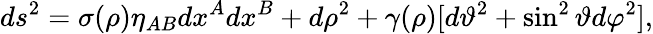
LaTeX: ds^{2}=\sigma(\rho)\eta_{AB}dx^{A}dx^{B}+d\rho^{2}+\gamma(\rho)[d\vartheta^{2}+\sin^{2}{\vartheta}d\varphi^{2}],